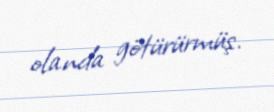
olanda götürürmüş.